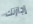
إجازتك